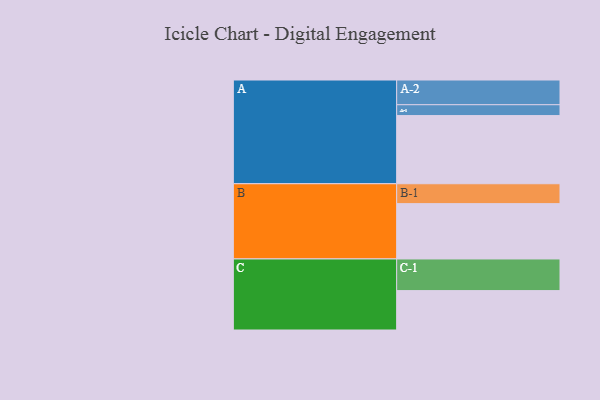
{"axis": {"x": "Segment", "y": "Value"}, "legend": ["", "A", "B", "C"], "data": [{"x": "A", "y": 521, "type": ""}, {"x": "B", "y": 423, "type": ""}, {"x": "C", "y": 301, "type": ""}, {"x": "A-1", "y": 83, "type": "A"}, {"x": "A-2", "y": 189, "type": "A"}, {"x": "B-1", "y": 152, "type": "B"}, {"x": "C-1", "y": 242, "type": "C"}]}